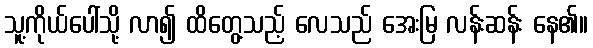
သူ့ကိုယ်ပေါ်သို့ လာ၍ ထိတွေ့သည့် လေသည် အေးမြ လန်းဆန်း နေ၏။